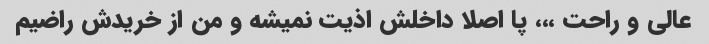
عالی و راحت ،،، پا اصلا داخلش اذیت نمیشه و من از خریدش راضیم